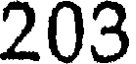
203